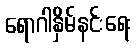
ရောဂါနှိမ်နင်းရေး